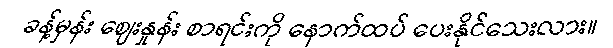
ခန့်မှန်း ဈေးနှုန်း စာရင်းကို နောက်ထပ် ပေးနိုင်သေးလား။